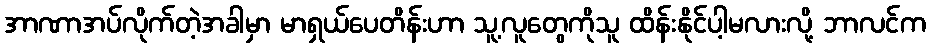
အာဏာအပ်လိုက်တဲ့အခါမှာ မာရှယ်ပေတိန်းဟာ သူ့လူတွေကိုသူ ထိန်းနိုင်ပါ့မလားလို့ ဘာလင်က